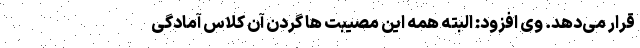
قرار می‌دهد. وی افزود: البته همه این مصیبت ها گردن آن کلاس آمادگی